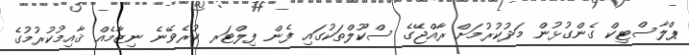
ޕްލާސްޓިކް ގެންގުޅުން މަދުކުރުމަށް ރާއްޖޭގެ ސްކޫލްތަކުގައި ފެން ފިލްޓަރ ކުރެވޭނެ ނިޒާމެއް ޤާއިމުކުރުމުގެ